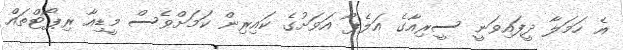
އެ ހަމަލާ ދީފައިވަނީ ސީރިއާގެ އަލެޕޯ އަވަށުގެ ކައިރިން ކަމަށްވެސް މީޑިއާ ރިޕޯޓްތައް